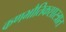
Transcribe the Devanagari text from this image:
कणभौतिकशास्त्रात